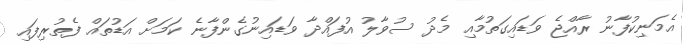
އެމަނިކުފާނު ރާއްޖެ ވަޑައިގަތުމާއި މެދު ސުވާލު އުފައްދާ ވަޑައިނުގެންފާނެ ކަމަށް އަޑުތައް ފެތުރިފައި